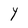
Character: Y